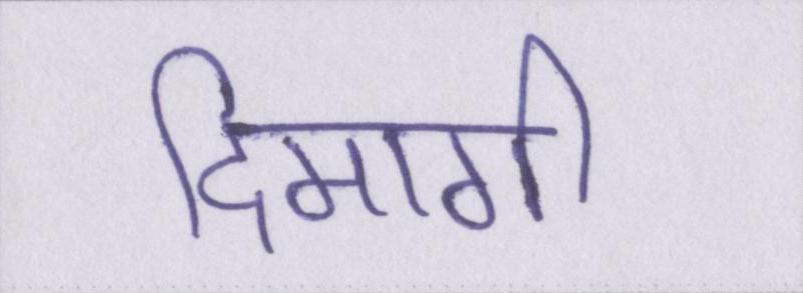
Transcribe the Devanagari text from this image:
दिमागी